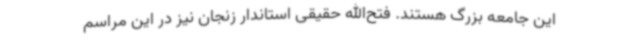
این جامعه بزرگ هستند. فتح‌الله حقیقی استاندار زنجان نیز در این مراسم